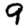
Digit: 9